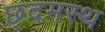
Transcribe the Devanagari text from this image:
छ्दमस्थ